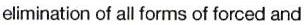
elimination of all forms of forced and